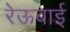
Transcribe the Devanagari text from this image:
रेऊबाई